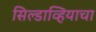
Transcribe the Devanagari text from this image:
सिल्डाव्हियाचा